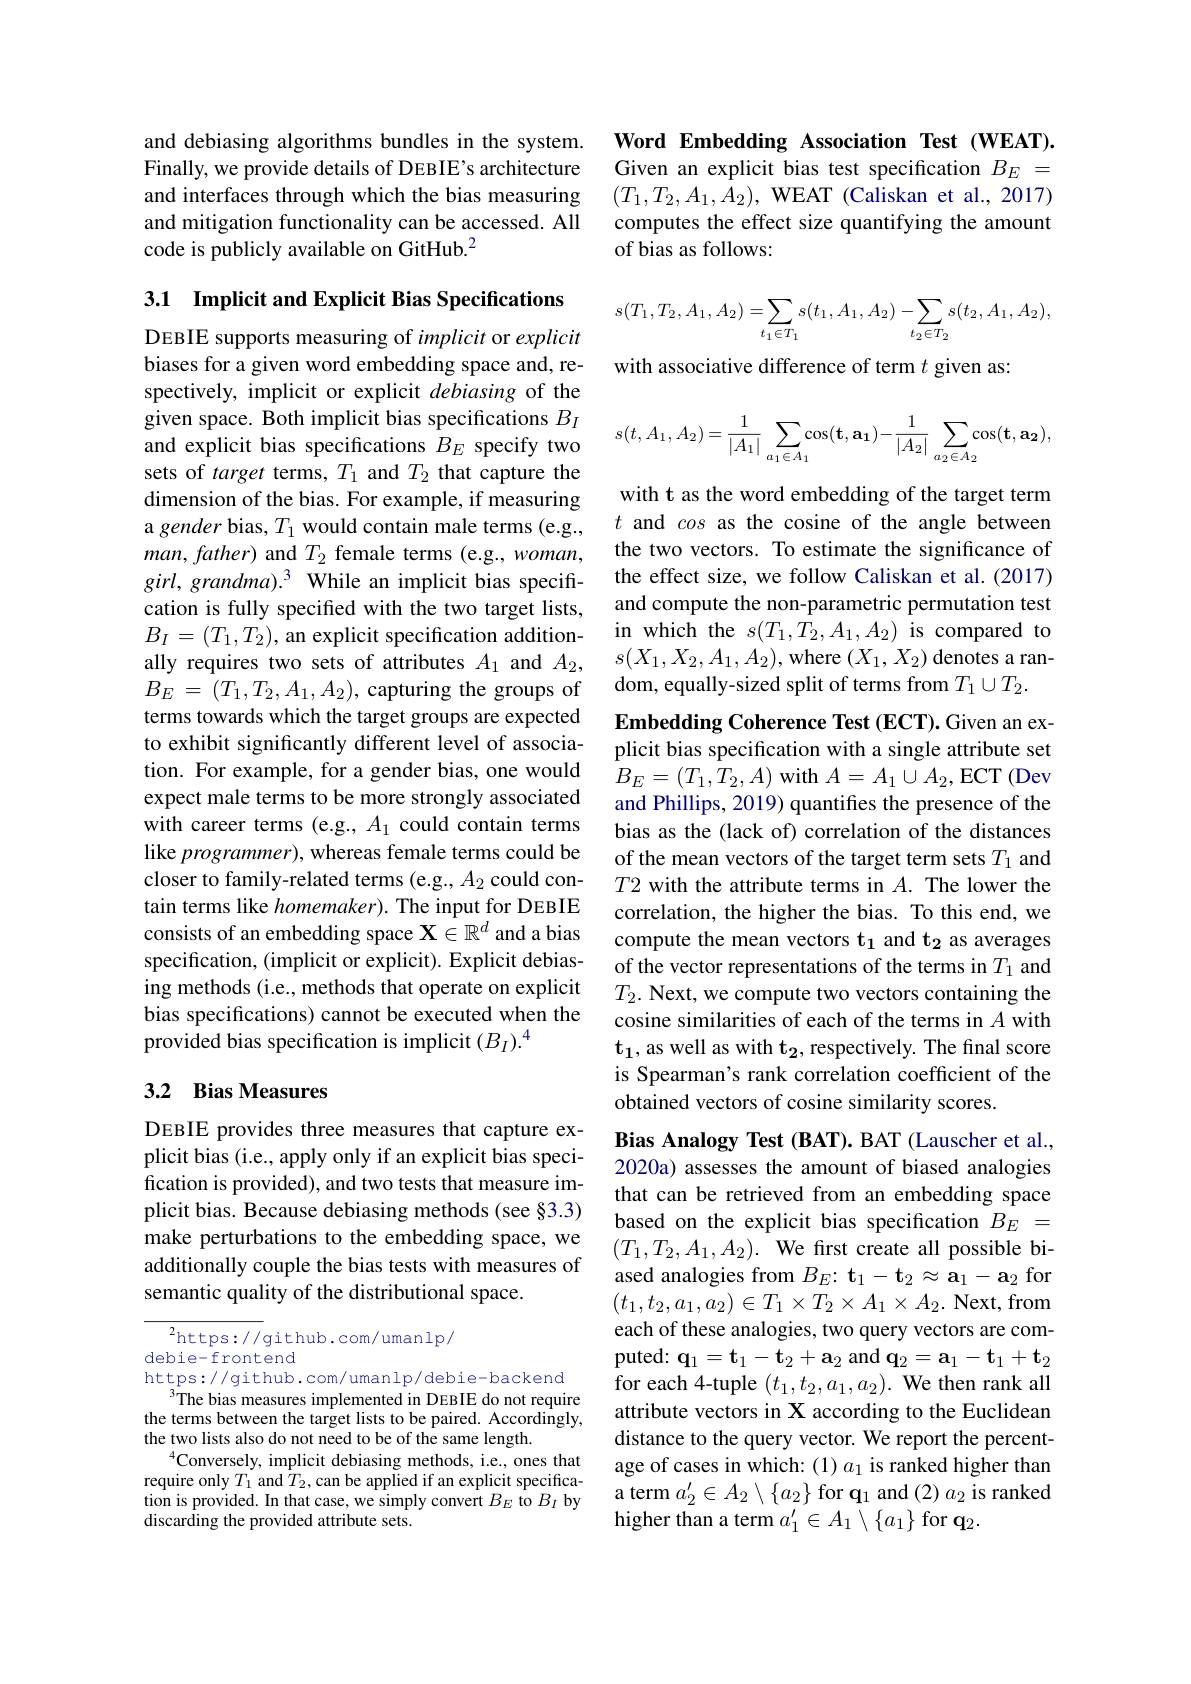
and debiasing algorithms bundles in the system. Finally, we provide details of DEBIE's architecture and interfaces through which the bias measuring and mitigation functionality can be accessed. All code is publicly available on GitHub.$^{2}$

3.1 Implicit and Explicit Bias Specifications DEBIE supports measuring of implicit or explicit biases for a given word embedding space and, respectively, implicit or explicit debiasing of the given space. Both implicit bias specifications $B_I$ and explicit bias specifications $B_E$ specify two sets of target terms, $T_1$ and $T_2$ that capture the dimension of the bias. For example, if measuring a gender bias, $T_1$ would contain male terms (e.g., $man,father)$ and $T_2$ female terms (e.g., woman, $girl,grandma).^3$ While an implicit bias specification is fully specified with the two target lists, $B_{I}=(T_{1},T_{2})$, an explicit specification additionally requires two sets of attributes $A_1$ and $A_2$, $B_E=(T_1,T_2,A_1,A_2)$,capturing the groups of terms towards which the target groups are expected to exhibit significantly different level of association. For example, for a gender bias, one would expect male terms to be more strongly associated with career terms (e.g., $A_1$ could contain terms like programmer), whereas female terms could be closer to family-related terms (e.g., $A_2$ could contain terms like homemaker). The input for DEBIE consists of an embedding space $\mathbf{X}\in\mathbb{R}^d$ and a bias specification, (implicit or explicit). Explicit debiasing methods (i.e., methods that operate on explicit bias specifications) cannot be executed when the provided bias specification is implicit $(B_I).^4$

## 3.2 Bias Measures

DEBIE provides three measures that capture explicit bias (i.e., apply only if an explicit bias specification is provided), and two tests that measure implicit bias. Because debiasing methods (see §3.3) make perturbations to the embedding space, we additionally couple the bias tests with measures of semantic quality of the distributional space.

${^{2}\mathrm{https://github.com/umanlp/}}$

debie-frontend
https://github.com/umanlp/debie-backend
$^{3}$The bias measures implemented in DEBIE do not require the terms between the target lists to be paired. Accordingly, the two lists also do not need to be of the same length.
$^{4}$Conversely, implicit debiasing methods, i.e., ones that require only $T_1$ and $T_2$,can be applied if an explicit specification is provided. In that case, we simply convert $B_E$ to $B_I$ by discarding the provided attribute sets.

Word Embedding Association Test (WEAT). Given an explicit bias test specification $B_E=$ $(T_1,T_2,A_1,A_2)$, WEAT (Caliskan et al., 2017) computes the effect size quantifying the amount of bias as follows:
$$\begin{aligned}s(T_1,T_2,A_1,A_2)=\sum_{t_1\in T_1}s(t_1,A_1,A_2)-\sum_{t_2\in T_2}s(t_2,A_1,A_2),\end{aligned}$$
with associative difference of term $t$ given as
$$s(t,A_1,A_2)=\dfrac{1}{|A_1|}\sum\limits_{a_1\in A_1}\cos(\mathbf t,\mathbf a_1)-\dfrac{1}{|A_2|}\sum\limits_{a_2\in A_2}\cos(\mathbf t,\mathbf a_2),$$
with t as the word embedding of the target term $t$ and cos as the cosine of the angle between the two vectors. To estimate the significance of the effect size, we follow Caliskan et al. (2017) and compute the non-parametric permutation test in which the $s(T_1,T_2,A_1,A_2)$ is compared to $s(X_1,X_2,A_1,A_2)$,where $(X_1,X_2)$ denotes a random, equally-sized split of terms from $T_1\cup T_2.$

Embedding Coherence Test (ECT). Given an explicit bias specification with a single attribute set $B_{E}=(T_{1},T_{2},A)$ with $A=A_1\cup A_{2}$,ECT (Dev and Phillips, 2019) quantifes the presence of the bias as the (lack of) correlation of the distances of the mean vectors of the target term sets $T_1$ and $T2$ with the attribute terms in $A.$ The lower the correlation, the higher the bias. To this end, we compute the mean vectors t$_1$ and t$_2$ as averages of the vector representations of the terms in $T_1$ and $T_2.$ Next, we compute two vectors containing the cosine similarities of each of the terms in $A$ with $\mathbf{t}_1$, as well as with $\mathbf{t}_2$, respectively. The final score is Spearman's rank correlation coefficient of the obtained vectors of cosine similarity scores.
Bias Analogy Test (BAT). BAT (Lauscher et al., 2020a) assesses the amount of biased analogies that can be retrieved from an embedding space based on the explicit bias specification $B_E=$ $(T_1,T_2,A_1,A_2).$ We first create all possible biased analogies from $B_E{:}\mathbf{t}_1-\mathbf{t}_2\approx\mathbf{a}_1-\mathbf{a}_2$ for $(t_1,t_2,a_1,a_2)\in T_1\times T_2\times A_1\times A_2.$ Next, from each of these analogies, two query vectors are computed: $\mathbf{q}_1=\mathbf{t}_1-\mathbf{t}_2+\mathbf{a}_2$ and $\mathbf{q}_2=\mathbf{a}_1-\mathbf{t}_1+\mathbf{t}_2$ for each 4-tuple $(t_1,t_2,a_1,a_2).$ We then rank all attribute vectors in X according to the Euclidean distance to the query vector. We report the percentage of cases in which: (1) $a_1$ is ranked higher than

a term $a_2^\prime\in A_2\setminus\{a_2\}$ for q$_1$ and $(2)a_2$ is ranked
higher than a term $a_1^{\prime}\in A_1\setminus\{a_1\}$ for q.